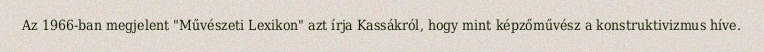
Az 1966-ban megjelent "Művészeti Lexikon" azt írja Kassákról, hogy mint képzőművész a konstruktivizmus híve.